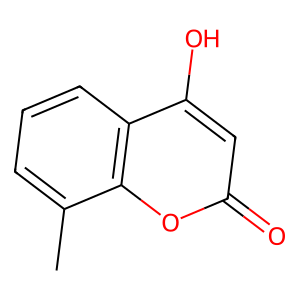
SMILES: Cc1cccc2c(O)cc(=O)oc12
Inhibits HIV replication: No